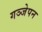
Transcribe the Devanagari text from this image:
गञ्जेपन